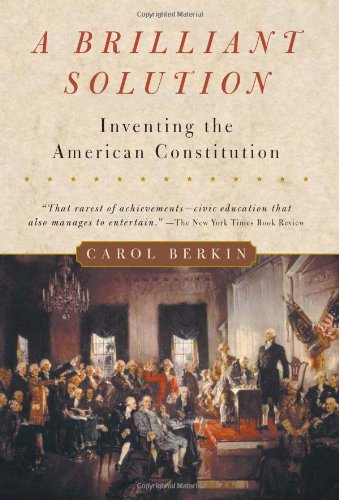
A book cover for A Brilliant Solution: Inventing the American Constitution; Carol Berkin; Teen & Young Adult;